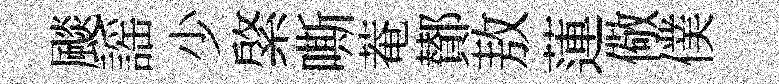
颷謡少綮嘶菴鄼敖蓮儆僕